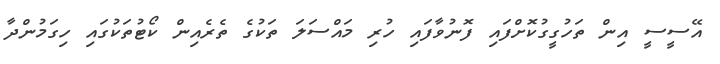
އޭސީސީ އިން ތަހުގީގުކޮށްފައި ފޮނުވާފައި ހުރި މައްސަލަ ތަކުގެ ތެރެއިން ކޯޓުތަކުގައި ހިގަމުންދާ